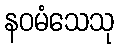
နဝမံသေသု